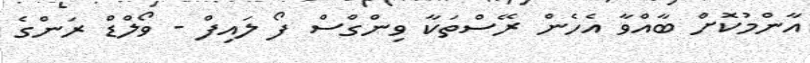
އާންމުކޮށް ބާއްވާ އެހެން ރޭސްތަކާ ވިންގްސް ފޯ ލައިފް - ވޯލްޑް ރަންގެ